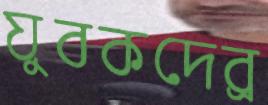
যুবকদের্র